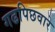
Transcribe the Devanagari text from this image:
गढपिछवारे